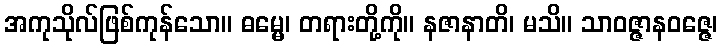
အကုသိုလ်ဖြစ်ကုန်သော။ ဓမ္မေ၊ တရားတို့ကို။ နဇာနာတိ၊ မသိ။ သာဝဇ္ဇာနဝဇ္ဇေ၊